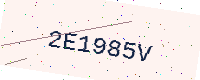
Text: 2E1985V